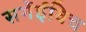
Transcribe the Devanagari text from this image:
सर्गेईविच